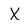
Character: X